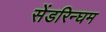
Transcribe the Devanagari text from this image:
सेंडरिन्घम